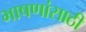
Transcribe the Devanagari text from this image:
भाषणांसाठी